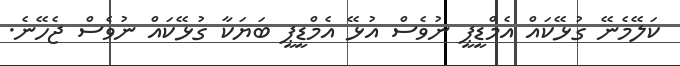
ކަލޭމެނޭ ގުޅޭކައް އެމްޑީޕީ ނުވެސް އުޅޭ އެމްޑީޕީ ބަޔަކާ ގުޅޭކައް ނުވެސް ޖެހޭނެ.